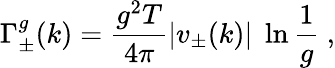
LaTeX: \Gamma_{\pm}^{g}(k)=\frac{g^{2}T}{4\pi}|v_{\pm}(k)|\; \ln\frac{1}{g}~,